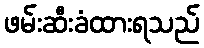
ဖမ်းဆီးခံထားရသည်